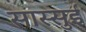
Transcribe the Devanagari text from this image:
सास्सुई